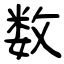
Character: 数